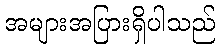
အများအပြားရှိပါသည်